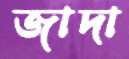
জাদা